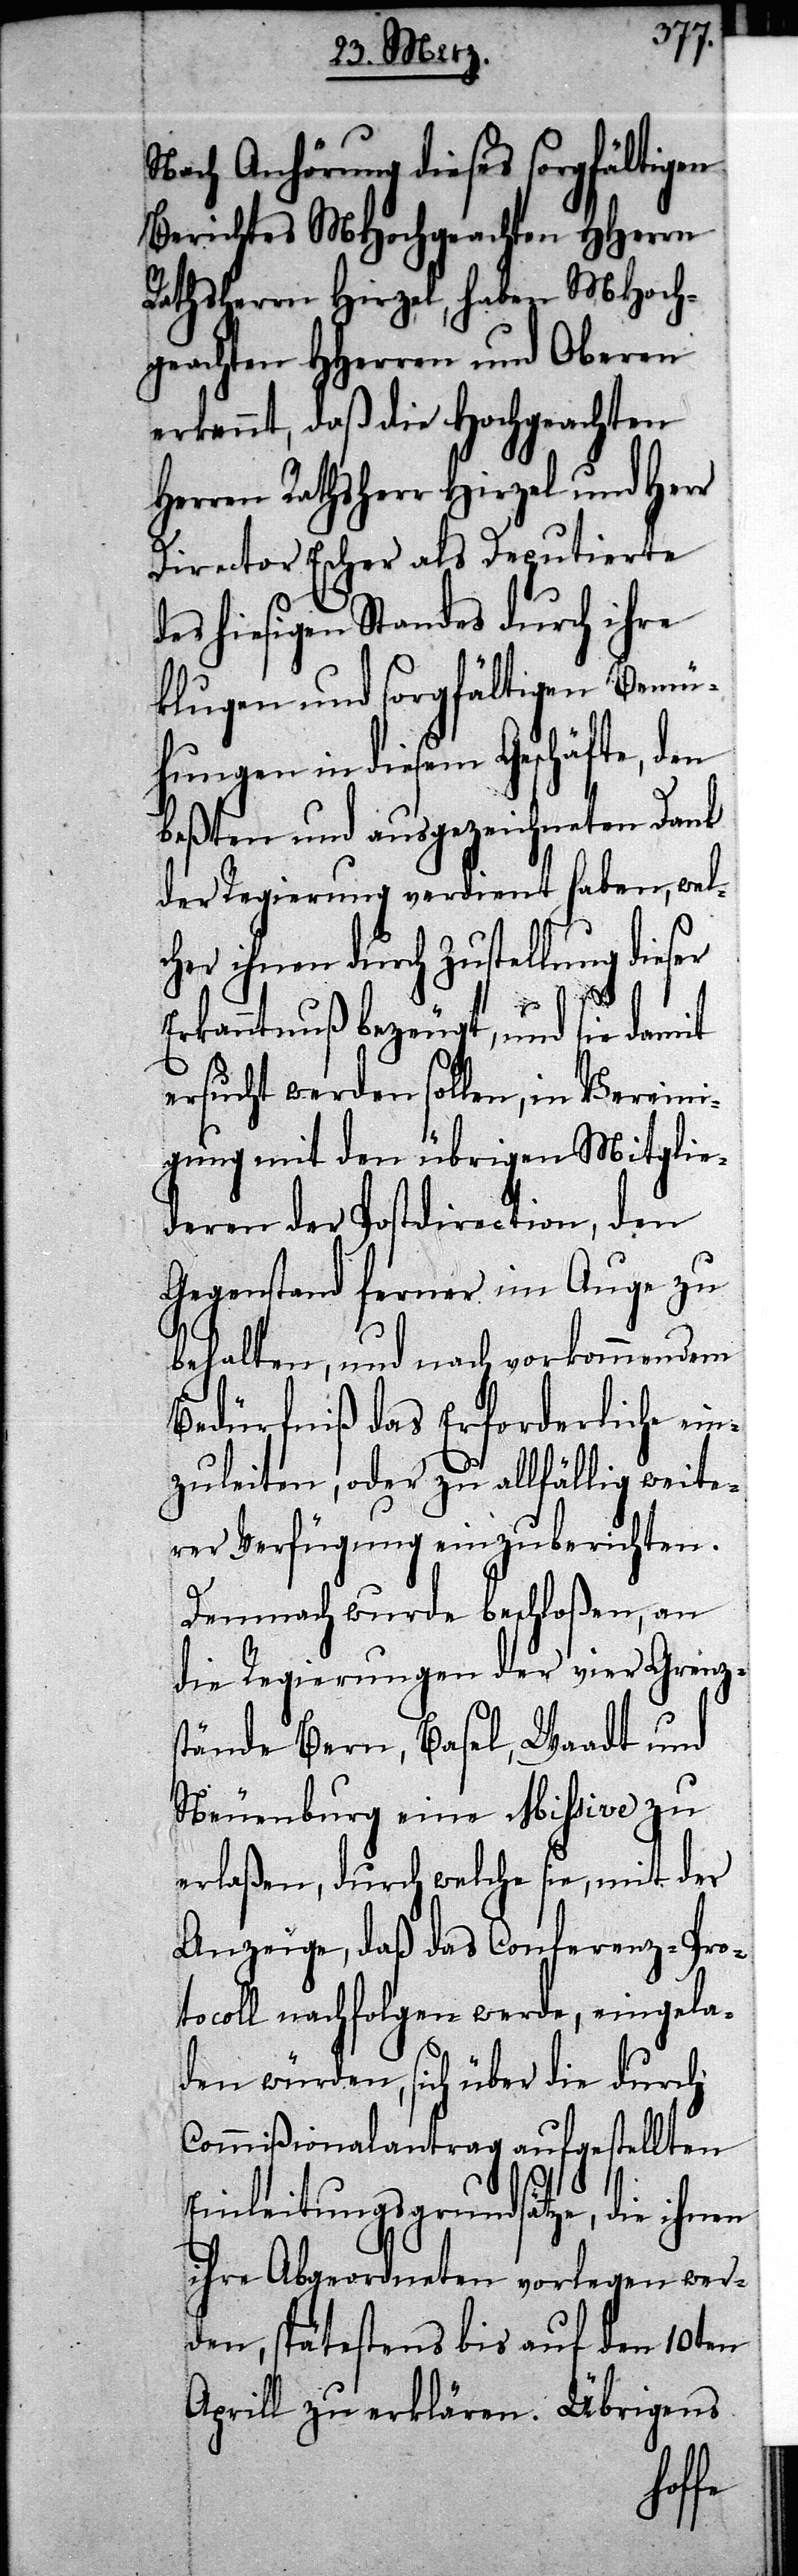
Nach Anhörung dieses sorgfältigen
Berichtes MHochgeachten HHerrn
Rathsherrn, haben MHoch¬
geachten HHerren und Oberen
erkennt, daß die Hochgeachten
Herren Rathsherr Hirzel und Herr
Director Escher als Deputierte
des hiesigen Standes durch ihre
klugen und sorgfältigen Bemü¬
hungen in diesem Geschäfte, den
beßten und ausgezeichneten Dank
der Regierung verdient haben, wel¬
cher ihnen durch Zustellung dieser
Erkanntnuß bezeugt, und sie damti
ersucht werden sollen, in Vereini¬
gung mit den übrigen Mitglie¬
deren der Postdirection, den
Gegenstand ferner im Auge zu
behalten, und nach vorkommendem
Bedürfniß das Erforderliche ein¬
zuleiten, oder zu allfällig weite¬
rer Verfügung einzuberichten.
Demnach wurde beschloßen, an
die Regierungen der vier Grenz¬
stände Bern, Basel, Waadt und
Neuenburg eine Mißive zu
erlaßen, durch welche sie, mit der
Anzeige, daß das Conferenz-Pro¬
tocoll nachfolgen werde, eingela¬
den würden, sich über die durch
Commißionalantrag aufgestellten
Einleitungsgrundsätze, die ihnen
ihre Abgeordneten vorlegen wer¬
den, spätestens bis auf den 10ten
Aprill zu erklären. Übrigens